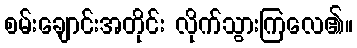
စမ်းချောင်းအတိုင်း လိုက်သွားကြလေ၏။